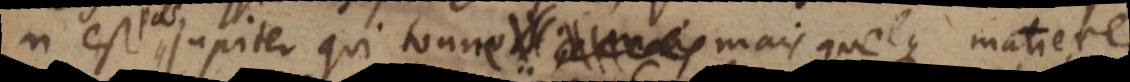
n’est pas Jupiter qui tonne, mais quelque matiere